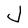
Character: J